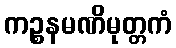
ကဉ္စနမဏိမုတ္တကံ